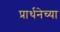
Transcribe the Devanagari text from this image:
प्रार्थनेच्या